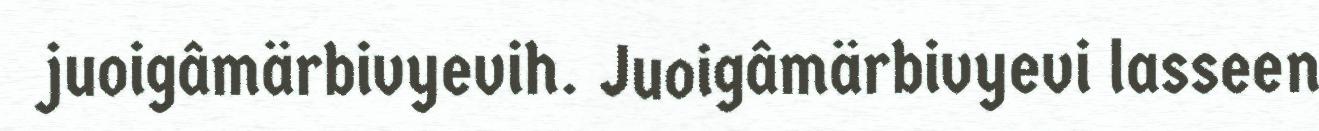
juoigâmärbivyevih. Juoigâmärbivyevi lasseen